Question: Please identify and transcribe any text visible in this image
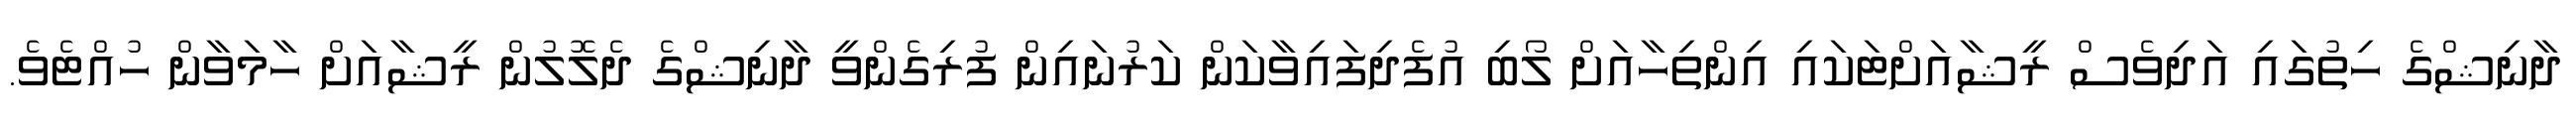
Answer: ދާނިޝްގެ ހިތުގައި އަދިވެސް ރީޝާއަށްޓަކައި އިންތިހާއަށް ލޯބި އުފެދިފައިވާކަން ކަރުނައިން ފުރިގެންވީ ދާނިޝްގެ ދެލޮލުން ރީޝާއަށް ހާމަވާން ހުއްޓެވެ.